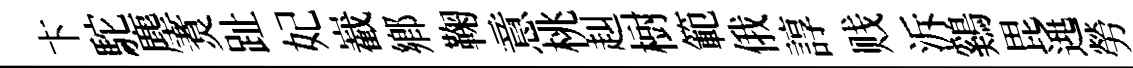
卞駝塵煑趾妃嶻鄕鞠意桃赳𣗳範俄諄贱泝鷄毘𨓱勞